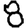
Digit: 8